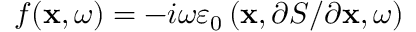
f ( \mathbf { x } , \omega ) = - i \omega \varepsilon _ { 0 } \left( \mathbf { x } , \partial S / \partial \mathbf { x } , \omega \right)